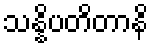
သန္နိပတိတာနိ